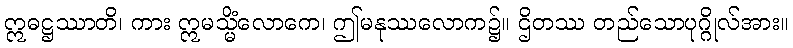
ဣဓဋ္ဌဿာတိ၊ ကား ဣမသ္မိံလောကေ၊ ဤမနုဿလောက၌။ ဌိတဿ တည်သောပုဂ္ဂိုလ်အား။